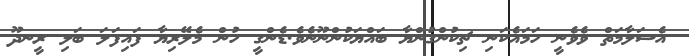
އެސަލާމަތް ވެވެނީ ހަމައެކަނި ޗިކުންގުންޔާ ބައްޔަކުންނޫނެވެ.ޑެންގީ ހުން މެލޭރިޔާ ފައިފަލަ ބަލި ރީނދޫ